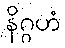
နိဂ္ဂဟံ